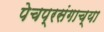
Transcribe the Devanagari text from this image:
पेचप्रसंगाच्या